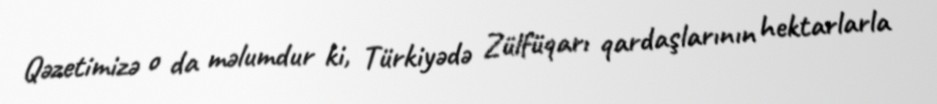
Qəzetimizə o da məlumdur ki, Türkiyədə Zülfüqarı qardaşlarının hektarlarla